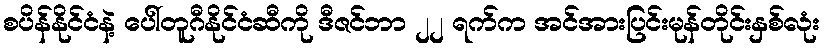
စပိန်နိုင်ငံနဲ့ ပေါ်တူဂီနိုင်ငံဆီကို ဒီဇင်ဘာ ၂၂ ရက်က အင်အားပြင်းမုန်တိုင်းနှစ်လုံး